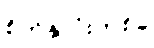
စိတ်နှလုံးတစ်ခု